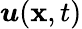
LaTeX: \boldsymbol{u}(\boldsymbol{\mathbf{x}},t)